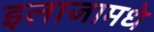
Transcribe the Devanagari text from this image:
इलाजामधे